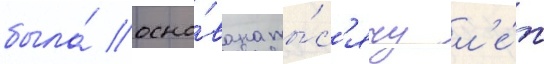
была́ осно́вана ты́с'ячу л'е́т